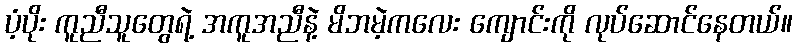
ပံ့ပိုး ကူညီသူတွေရဲ့ အကူအညီနဲ့ မိဘမဲ့ကလေး ကျောင်းကို လုပ်ဆောင်နေတယ်။